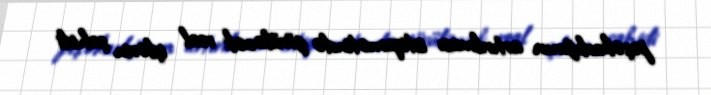
peşəkarlığının artırılması istiqamətində görüləcək real işlərin şahidi